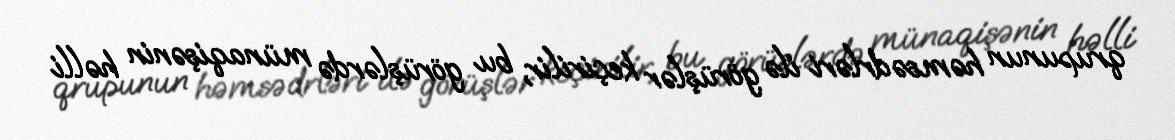
qrupunun həmsədrləri ilə görüşlər keçirilir, bu görüşlərdə münaqişənin həlli